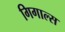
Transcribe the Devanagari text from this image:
गिगाल्स